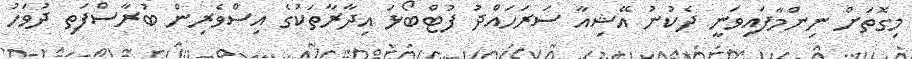
މިގޮތަށް ނިންމާފައިވަނީ ދެކުނު އޭޝިއާ ސަރަހައްދު ފުޓްބޯޅަ އިދާރާތަކުގެ އިސްވެރިން ބުރާސްފަތި ދުވަހު